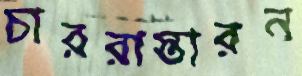
চাররাস্তারন